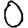
Digit: 0